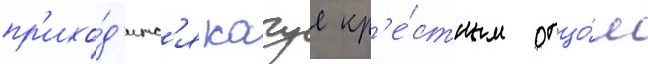
пр'ихо́д'итс'я кагуе кр'е́стным отцо́м